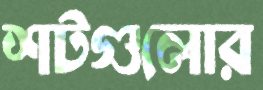
শটগুলোর